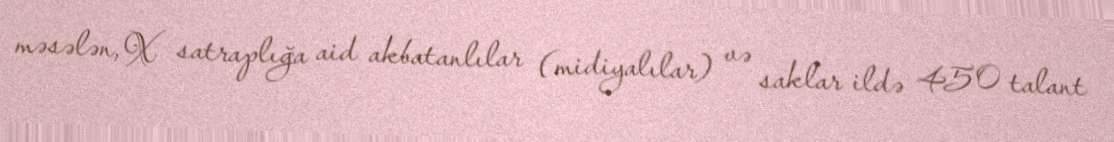
məsələn, X satraplığa aid akbatanlılar (midiyalılar) və saklar ildə 450 talant